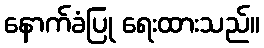
နောက်ခံပြု ရေးထားသည်။